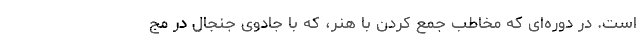
است. در دوره‌ای که مخاطب جمع کردن با هنر، که با جادوی جنجال در مج